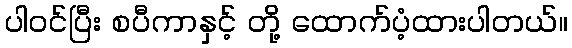
ပါဝင်ပြီး စပီကာနှင့် တို့ ထောက်ပံ့ထားပါတယ်။